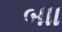
બાા